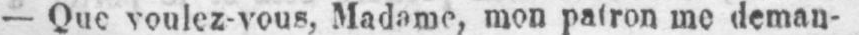
- Que voulez-vous, Madame, mon patron me deman-